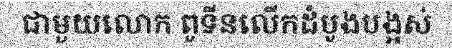
ជាមួយលោក ពូទីនលើកដំបូងបង្អស់